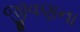
જીવણના